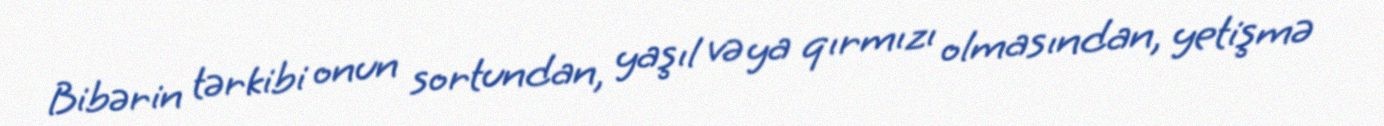
Bibərin tərkibi onun sortundan, yaşıl və ya qırmızı olmasından, yetişmə